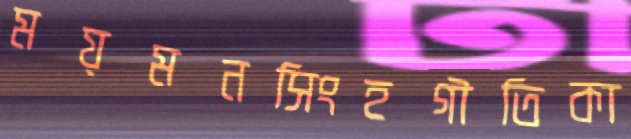
ময়মনসিংহগীতিকা